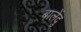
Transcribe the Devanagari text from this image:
बालेंदु